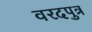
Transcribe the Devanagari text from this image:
वरदपुत्र